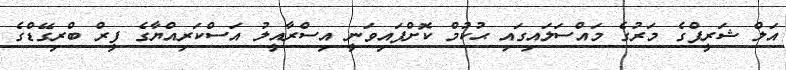
އަލް ޝަރީފްގެ މަރުގެ މައްސަލައިގައި ޙުކުމް ކޮށްފައިވަނީ އިސްރާއީލު އަސްކަރިއްޔާގެ ފީރް ބްރިގޭޑްގެ